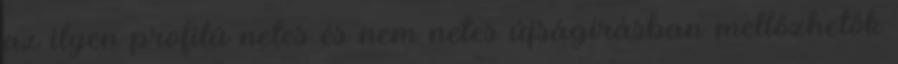
az ilyen profilú netes és nem netes újságí­rásban mellőzhetők